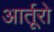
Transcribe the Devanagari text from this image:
आर्तूरो